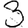
Digit: 3